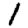
Digit: 1